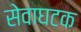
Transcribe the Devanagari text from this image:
सेवाघटक